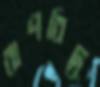
বাণবিদ্ধ